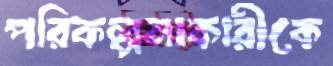
পরিকল্পনাকারীকে